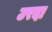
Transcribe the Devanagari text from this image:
उरदा